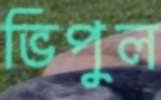
ভিপুল